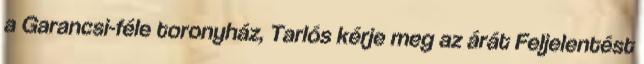
a Garancsi-féle toronyház, Tarlós kérje meg az árát Feljelentést